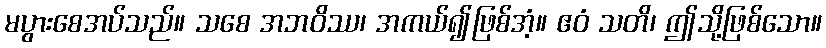
မပွားစေအပ်သည်။ သစေ အဘဝိဿ၊ အကယ်၍ဖြစ်အံ့။ ဧဝံ သတိ၊ ဤသို့ဖြစ်သော။